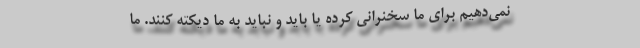
نمی‌دهیم برای ما سخنرانی کرده یا باید و نباید به ما دیکته کنند. ما